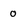
Character: 0